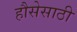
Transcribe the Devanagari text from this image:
हौसेसाठी